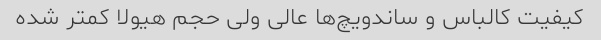
کیفیت کالباس و ساندویچ‌ها عالی ولی حجم هیولا کمتر شده